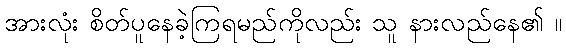
အားလုံး စိတ်ပူနေခဲ့ကြရမည်ကိုလည်း သူ နားလည်နေ၏ ။